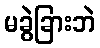
မခွဲခြားဘဲ